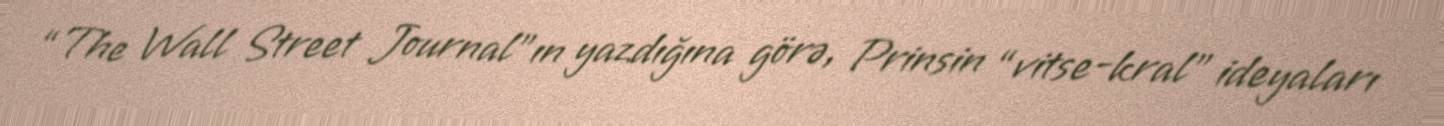
“The Wall Street Journal”ın yazdığına görə, Prinsin “vitse-kral” ideyaları